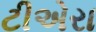
ટીએરા